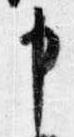
申